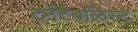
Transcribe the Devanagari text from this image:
टर्नटैबलिस्ट